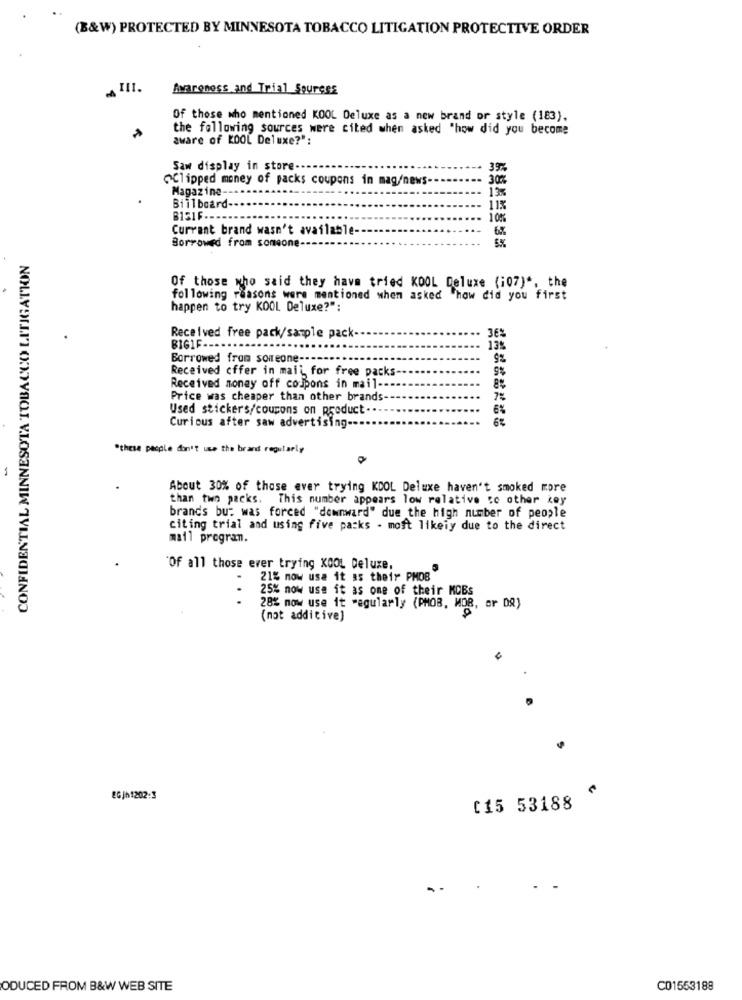
(B&W) PROTECTED BY MINNESOTA TOBACCO LITIGATION PROTECTIVE ORDER
III.
Awareness and Trial Sources
Of those who mentioned KOOL Deluxe as a new brand or style (183).
the following sources were cited when asked "how did you become
aware of KOOL Deluxe?":
Saw display in store.
39%
eClipped money of packs coupons in mag/news-
30%
Magazine ---
13%
Billboard
11%
BISIF ----
10%
Currant brand wasn't available-
5%
Borrowed from someone-
CONFIDENTIAL MINNESOTA TOBACCO LITIGATION
Of those who said they have tried KOOL Deluxe (107)", the
following reasons were mentioned when asked how did you first
happen to try KOOL Deluxe?":
Received free pack/sample pack-
BIGIF --
13%
Borrowed from someone-
9%
Received offer in mail for free packs-
Received money off coupons in mail --
8%
Price was cheaper than other brands
7%
Used stickers/coucons on product-
6%
Curious after saw advertising ---
"these people don't use the brand regularly
1
About 30% of those ever trying KDOL Deluxe haven't smoked more
than two packs. This number appears low relative to other key
brands bu: was forced "downward" due the high number of people
citing trial and using five packs . most likely due to the direct
mail program.
"Of all those ever trying KOOL Deluxe,
21% now use it as their PMOB
25% now use it as one of their KCBs
...
28% now use it regularly (PMOB. MDB, or DR)
(not additive)
2G/h1202:3
C15 53188
ODUCED FROM B&W WEB SITE
C01553188